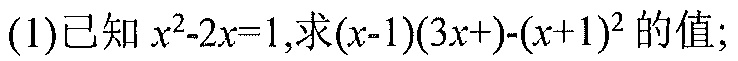
(1)已知$x^{2}-2x = 1$,求$(x - 1)(3x+\underline{?})-(x + 1)^{2}$的值;